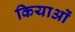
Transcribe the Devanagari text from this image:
कियाओं